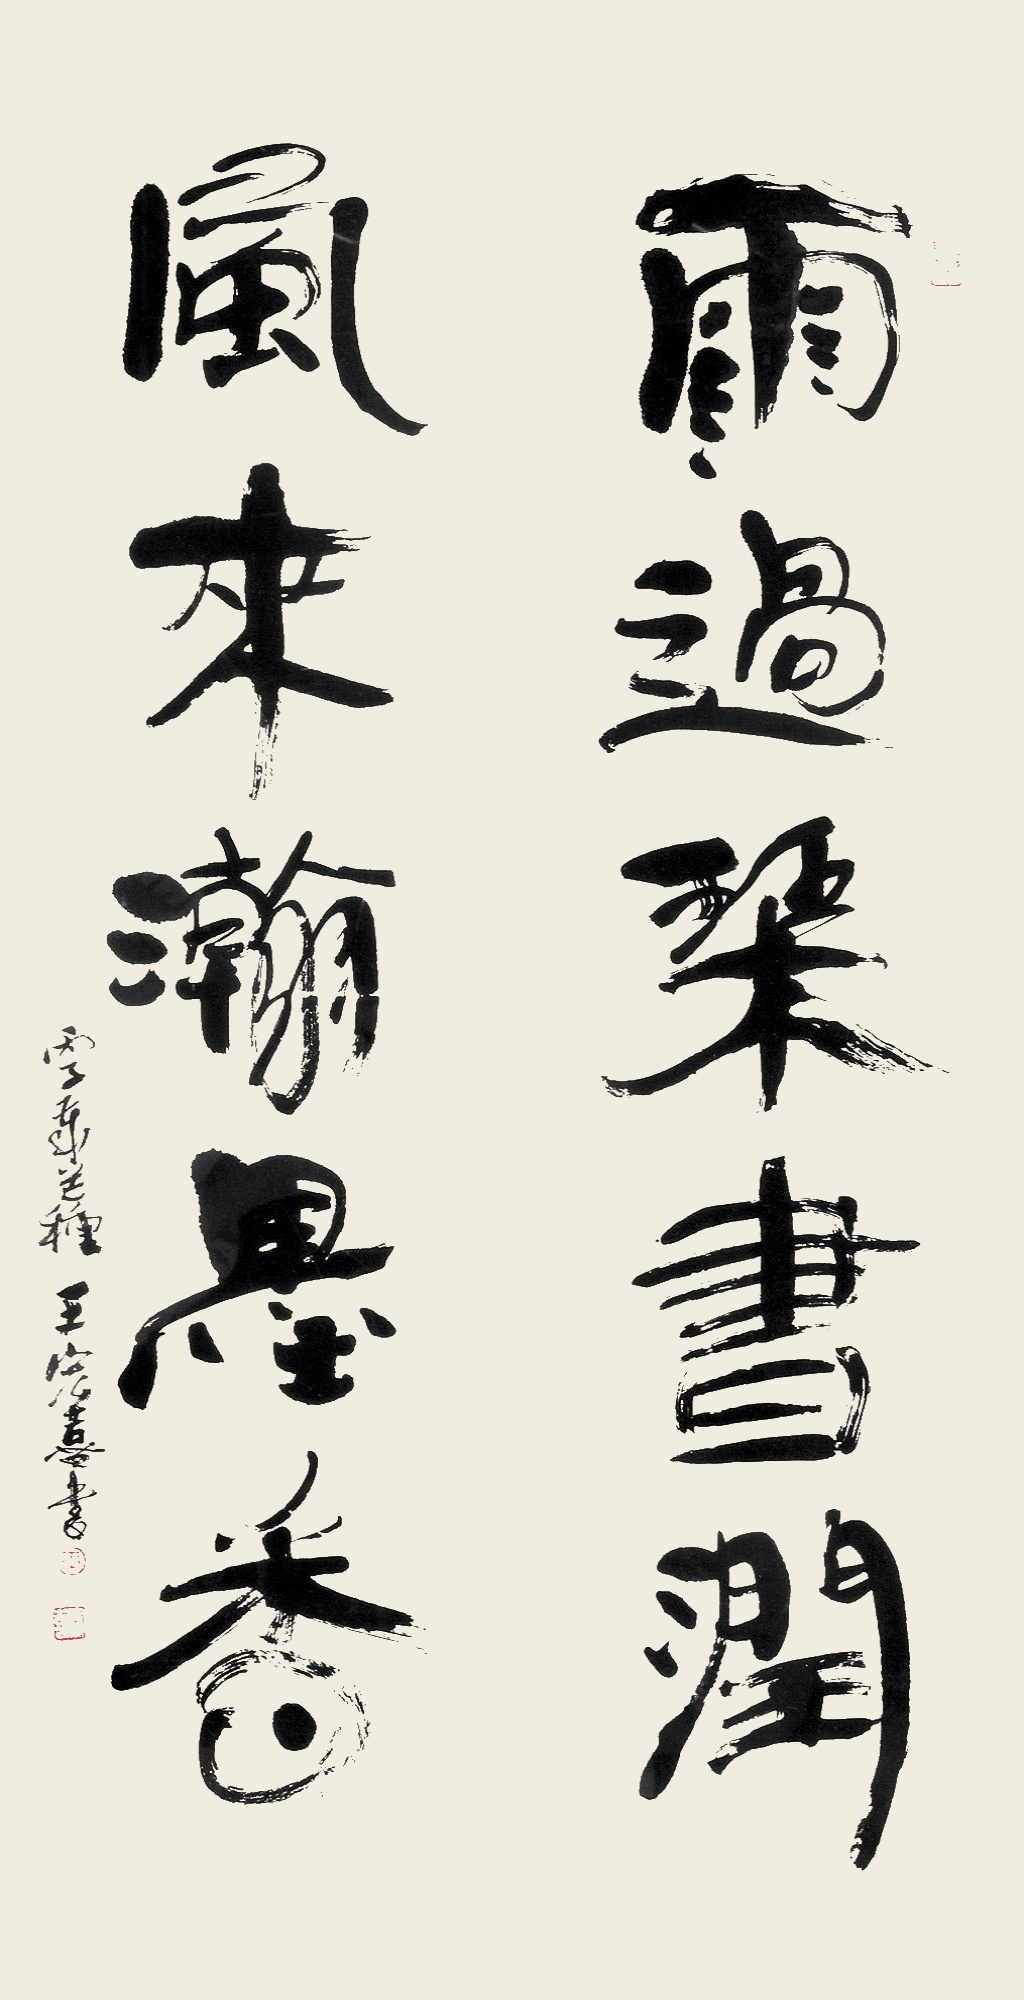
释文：雨过琴书润，风来翰墨香。丙子年芒种，王宏喜书。